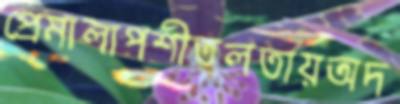
প্রেমালাপশীতলতায়অদ